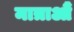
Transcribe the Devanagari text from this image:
मात्राऔं